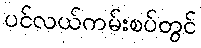
ပင်လယ်ကမ်းစပ်တွင်